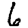
Digit: 6